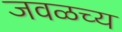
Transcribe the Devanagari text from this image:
जवळच्य